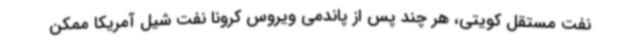
نفت مستقل کویتی، هر چند پس از پاندمی ویروس کرونا نفت شیل آمریکا ممکن